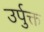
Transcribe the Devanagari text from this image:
उर्पुक्त